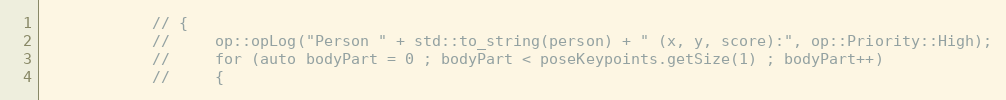
Language: C++
            // {
            //     op::opLog("Person " + std::to_string(person) + " (x, y, score):", op::Priority::High);
            //     for (auto bodyPart = 0 ; bodyPart < poseKeypoints.getSize(1) ; bodyPart++)
            //     {